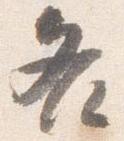
各